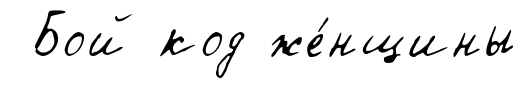
Бой код же́нщины